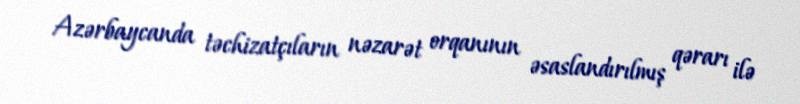
Azərbaycanda təchizatçıların nəzarət orqanının əsaslandırılmış qərarı ilə